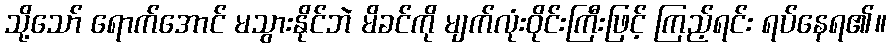
သို့သော် ရောက်အောင် မသွားနိုင်ဘဲ မိခင်ကို မျက်လုံးဝိုင်းကြီးဖြင့် ကြည့်ရင်း ရပ်နေရ၏။